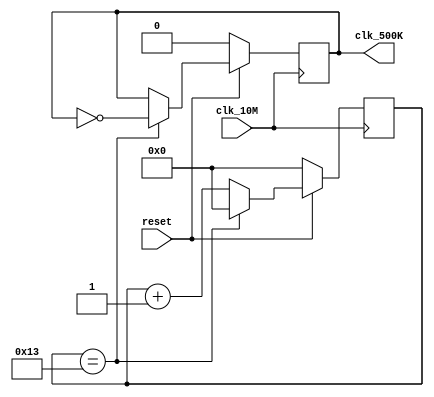

module freq_div20( output reg clk_500K,
                   input clk_10M,
                   input reset);
  
  //????????19 = 5?b1_0011
  //????? 5 ? reg ????????
  reg [4:0] cnt;
  
  always @( posedge clk_10M )
  begin
    if (!reset)
      begin
        clk_500K <= 1'b0;
        cnt <=5'b0;
      end
    else
      begin
        //??????????? clk_500K ??????
        if ( cnt == 5'd19)
          begin
            cnt <= 5'b0;
            clk_500K <= ~clk_500K;
          end
        else
          cnt <= cnt + 1'b1;
      end
  end

endmodule